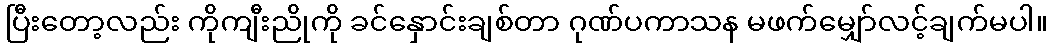
ပြီးတော့လည်း ကိုကျီးညိုကို ခင်နှောင်းချစ်တာ ဂုဏ်ပကာသန မဖက်မျှော်လင့်ချက်မပါ။